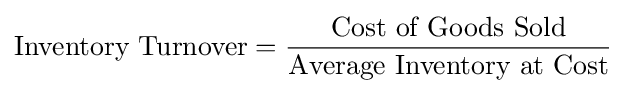
{\text{Inventory Turnover}}={\frac {\text{Cost of Goods Sold}}{\text{Average Inventory at Cost}}}